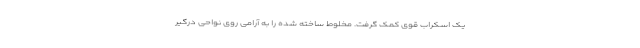
یک اسکراب قوی کمک گرفت. مخلوط ساخته شده را به آرامی روی نواحی درگیر